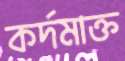
কর্দমাক্ত